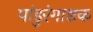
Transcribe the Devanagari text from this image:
पांडुरंगाष्टक